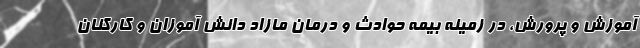
آموزش و پرورش، در زمینه بیمه حوادث و درمان مازاد دانش آموزان و کارکنان